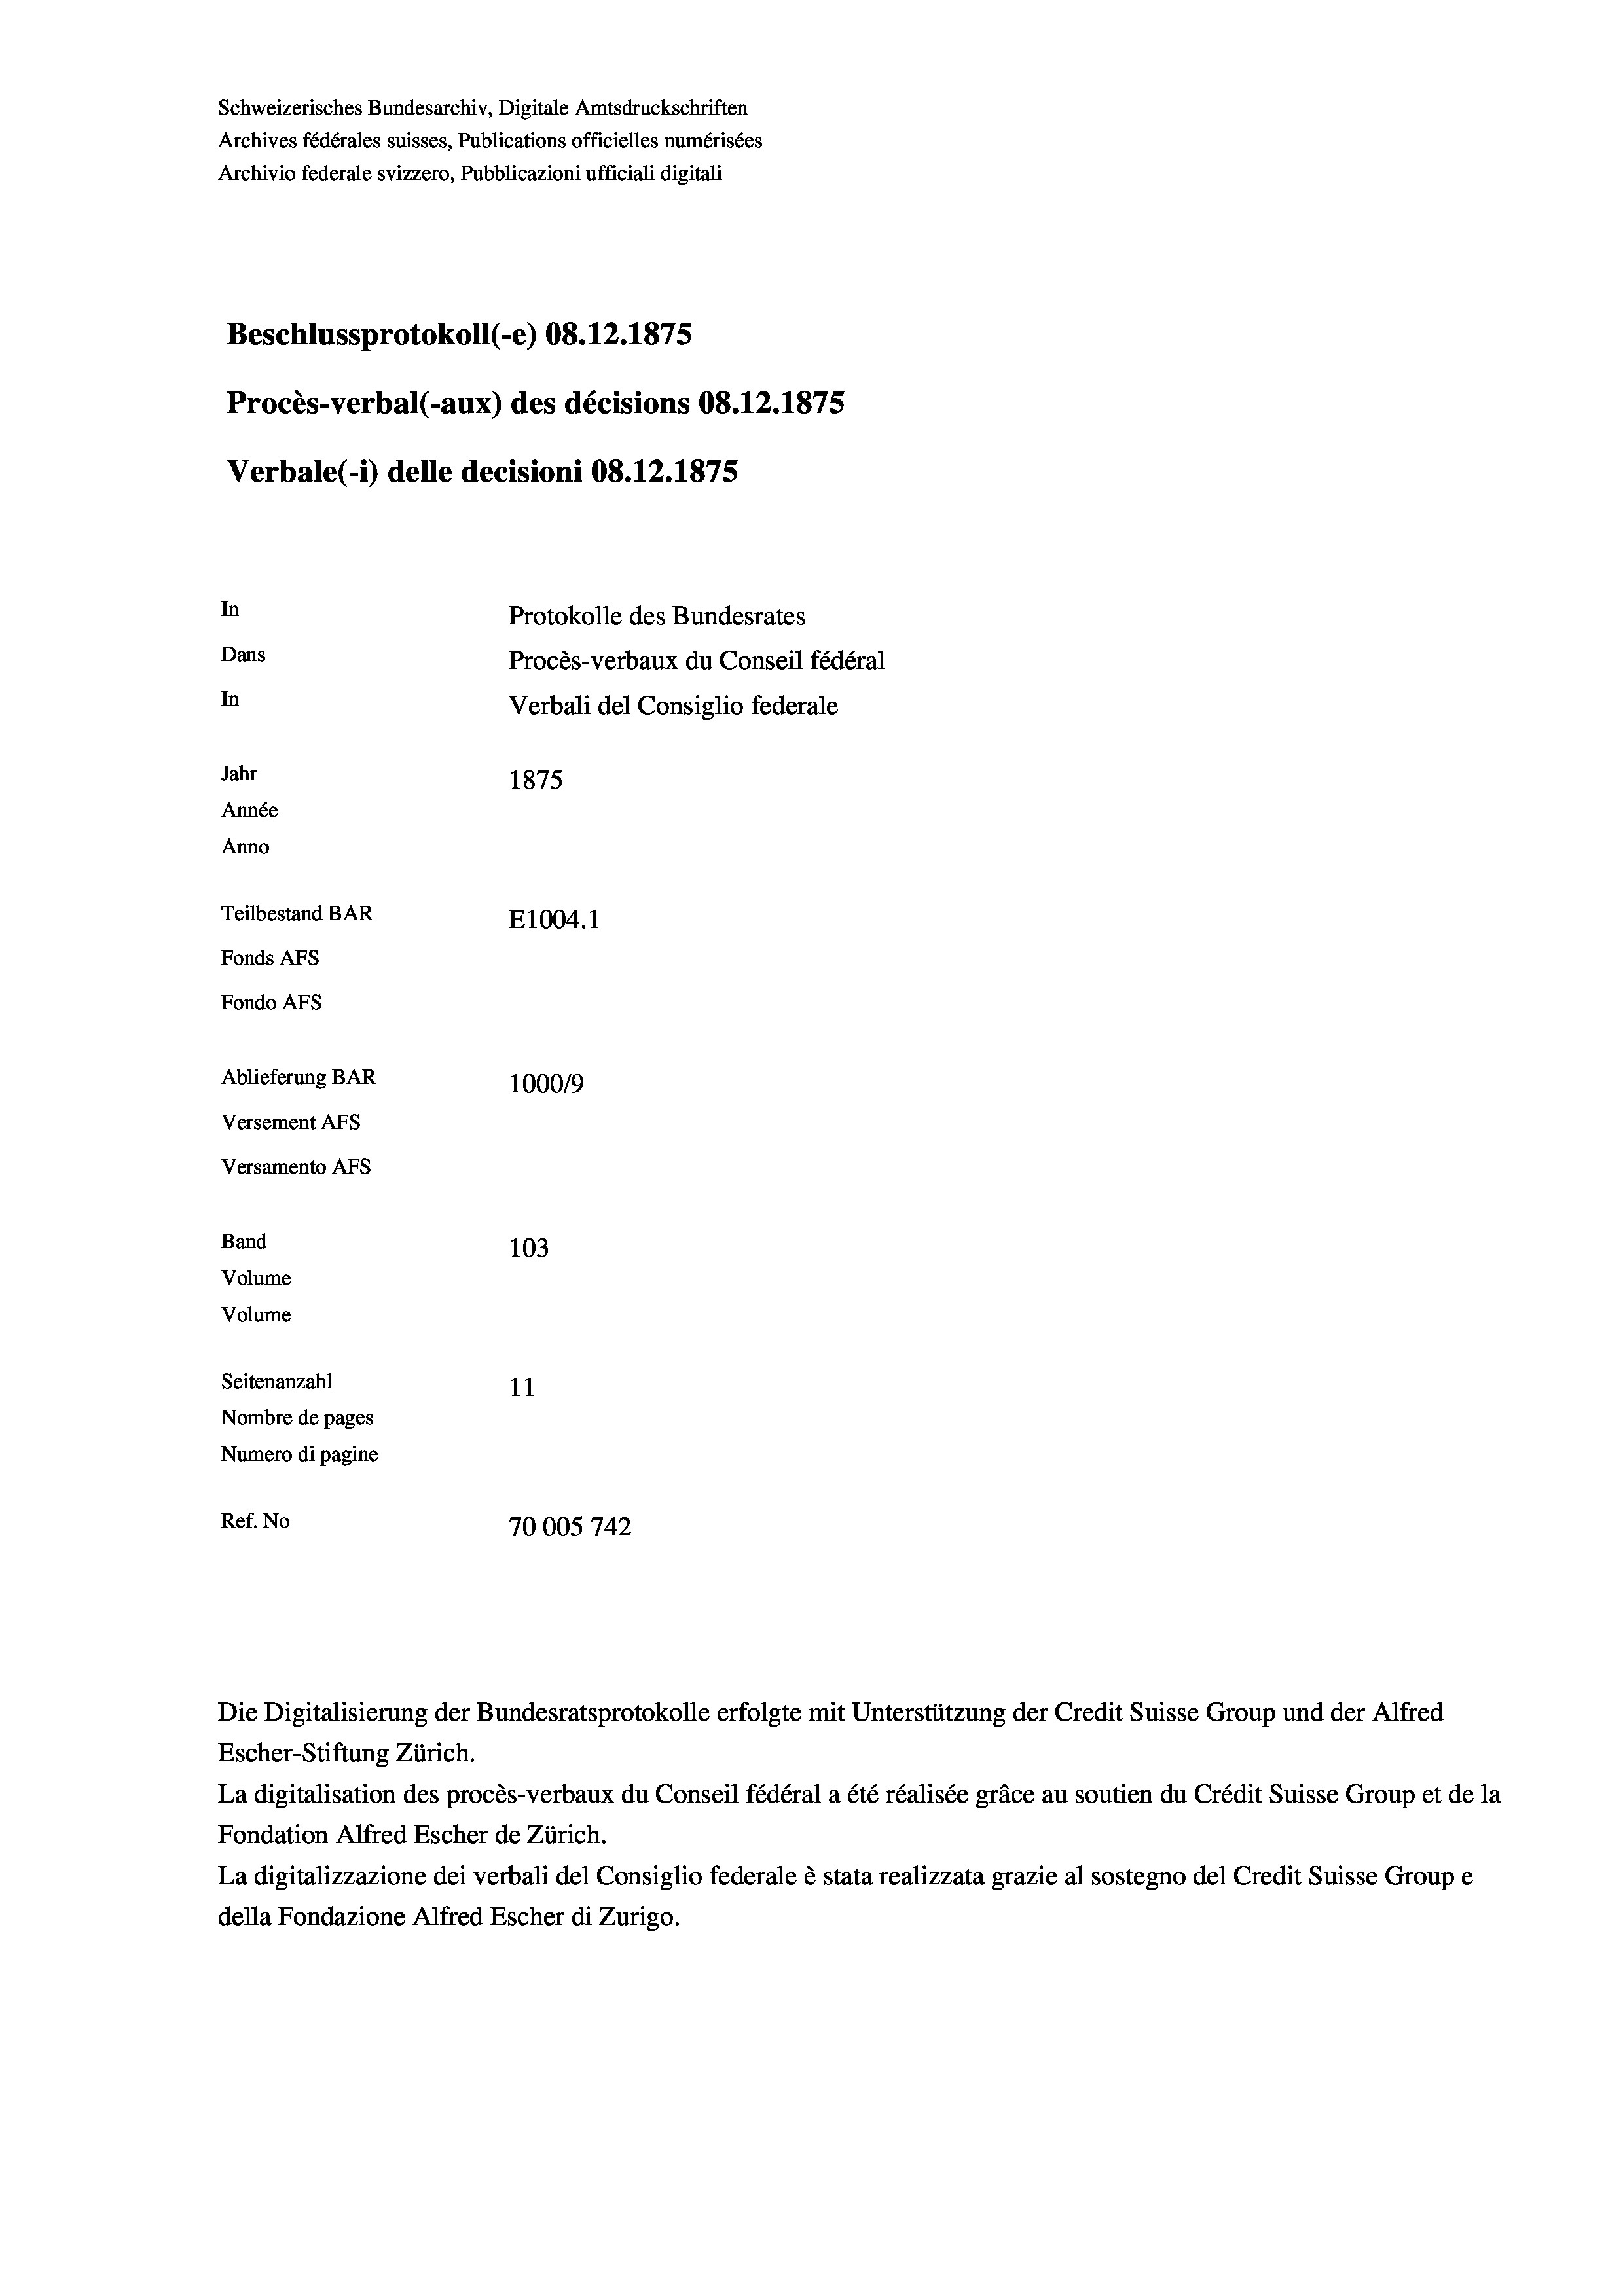
Schweizerisches Bundesarchiv, Digitale Amtsdruckschriften
Archives fédérales suisses, Publications officielles numérisées
Archivio federale svizzero, Pubblicazioni ufficiali digitali
Beschlussprotokoll (-e) 08.12.1875
Procès-verbal (-aux) des décisions 08.12.1875
Verbale (i) delle decisioni 08.12.1875
In
Protokolle des Bundesrates
Dans
Procès-verbaux du Conseil fédéral
In
Verbali del Consiglio federale
Jahr
1875
Année
Anno
Teilbestand BAR
E1004. 1
Fonds AFs
Fondo AFS
Ablieferung BAR
1000/9
Versement Abs
Versamento Afs
Band
103

Volume
Volume
Seitenanzahl
11
Nombre de pages
Numero di pagine
Ref. No
70005 742

Die Digitalisierung der Bundesratsprotokolle erfolgte mit Unterstützung der Credit Suisse Group und der Alfred
Escher-Stiftung Zürich.
La digitalisation des procès-verbaux du Conseil fédéral a été réalisée gräce au soutien du Crédit Suisse Group et de la
Fondation Alfred Escher de Zürich.
La digitalizzazione dei verbali del Consiglio federale è stata realizzata grazie al sostegno del Credit Suisse Groupe
della Fondazione Alfred Escher di Zurigo.